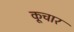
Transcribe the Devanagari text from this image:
कूचार